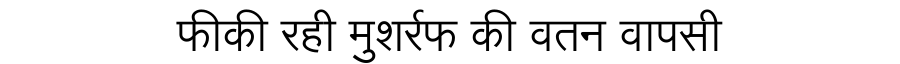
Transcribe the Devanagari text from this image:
फीकी रही मुशर्रफ की वतन वापसी